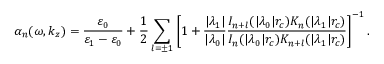
\alpha _ { n } ( \omega , k _ { z } ) = \frac { \varepsilon _ { 0 } } { \varepsilon _ { 1 } - \varepsilon _ { 0 } } + \frac { 1 } { 2 } \sum _ { l = \pm 1 } \left[ 1 + \frac { | \lambda _ { 1 } | } { | \lambda _ { 0 } | } \frac { I _ { n + l } ( | \lambda _ { 0 } | r _ { c } ) K _ { n } ( | \lambda _ { 1 } | r _ { c } ) } { I _ { n } ( | \lambda _ { 0 } | r _ { c } ) K _ { n + l } ( | \lambda _ { 1 } | r _ { c } ) } \right] ^ { - 1 } .